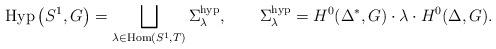
LaTeX: \begin{gather*}\operatorname{Hyp}\big(S^1,G\big)=\bigsqcup_{\lambda\in \operatorname{Hom}(S^1,T)}\Sigma^{\rm hyp}_{\lambda},\qquad\Sigma_{\lambda}^{\rm hyp}=H^0 (\Delta^{*},G )\cdot\lambda\cdot H^0(\Delta ,G).\end{gather*}